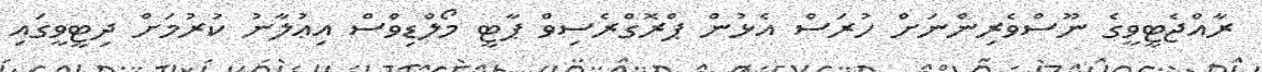
ރާއްޖެޓީވީގެ ނޫސްވެރިންނަށް ހުރަސް އެޅުން ޕްރޮގްރެސިވް ޕާޓީ މޯލްޑިވްސް އިޢުލާނު ކުރުމަށް ދިޓީވީގައި